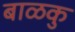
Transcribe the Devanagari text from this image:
बाळकु